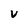
Character: V